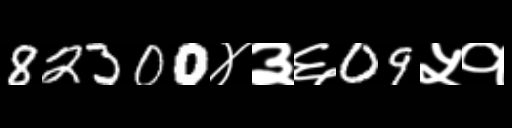
Text: 82300४३६09५१